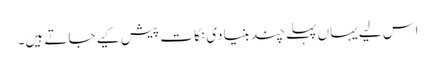
اس لیے یہاں پہلے چند بنیادی نکات پیش کیے جاتے ہیں۔